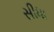
સીધા